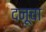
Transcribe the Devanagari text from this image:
दनूचा